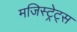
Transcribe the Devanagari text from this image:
मजिस्ट्रेट्स